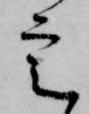
定